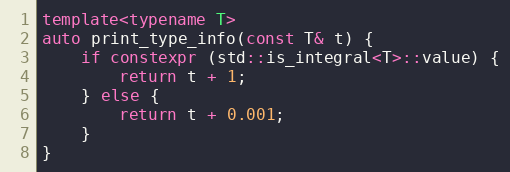
Language: C++
template<typename T>
auto print_type_info(const T& t) {
    if constexpr (std::is_integral<T>::value) {
        return t + 1;
    } else {
        return t + 0.001;
    }
}